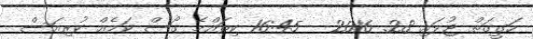
ހަގީގަތް ޖުލައި 28